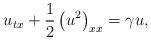
LaTeX: \begin{align*}u_{tx} + \frac{1}{2} \left( u^2 \right)_{xx} = \gamma u,\end{align*}